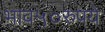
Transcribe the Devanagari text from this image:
भाव५०रुपये